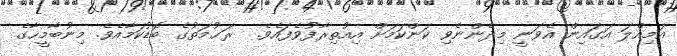
އަމިއްލަ އަގައިން އެވަނީ މިދެންނެވި ކަންކަމަށް އިއުތިރާފުވެފައެވެ.  ރަޙުމަތުގެ ބޮޑުކަމާއެވެ. މިނުބާމީހާގެ